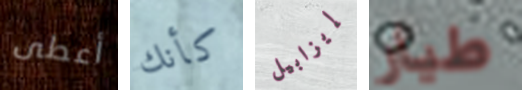
أعطى كأنك إيزابيل طيار